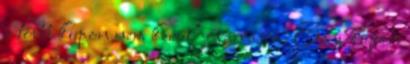
a többi kupon nem kerül jóváírásra. Ez a kupon